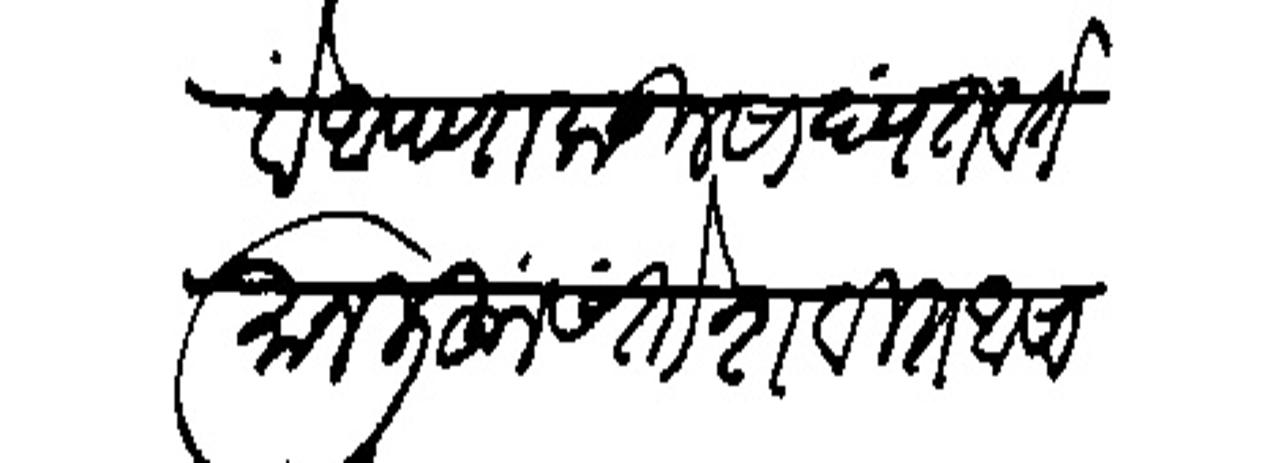
Transliteration (Devanagari): वें आपणाकडील सायंत वर्तंमान लिहूंन संतोशवीत आसावें